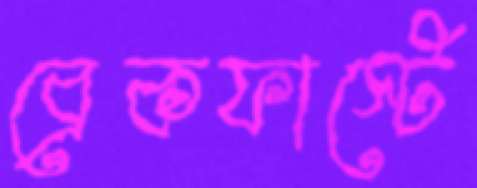
ব্রেকফাস্টে